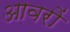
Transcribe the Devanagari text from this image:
आवरों